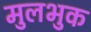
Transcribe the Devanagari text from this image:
मुलभुक